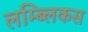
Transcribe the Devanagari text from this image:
लम्ब्लिकस